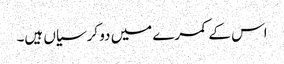
اس کے کمرے میں دو کرسیاں ہیں۔